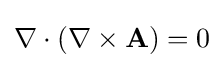
\nabla \cdot (\nabla \times \mathbf {A} )=0